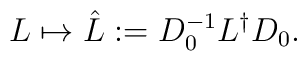
L\mapsto  \hat L := D_0^{-1}L^{\dagger}D_0.